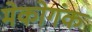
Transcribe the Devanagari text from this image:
मेकोगंक